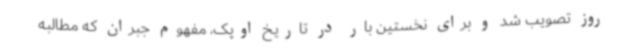
روز تصویب شد و برای نخستین بار در تاریخ اوپک، مفهوم جبران که مطالبه